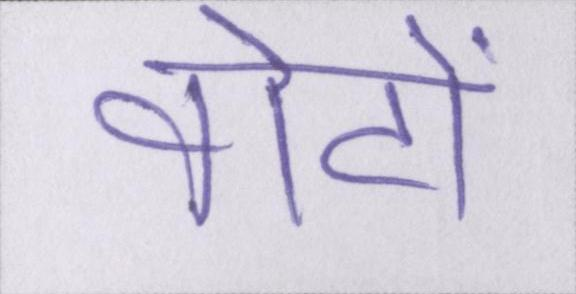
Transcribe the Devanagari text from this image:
वोटों